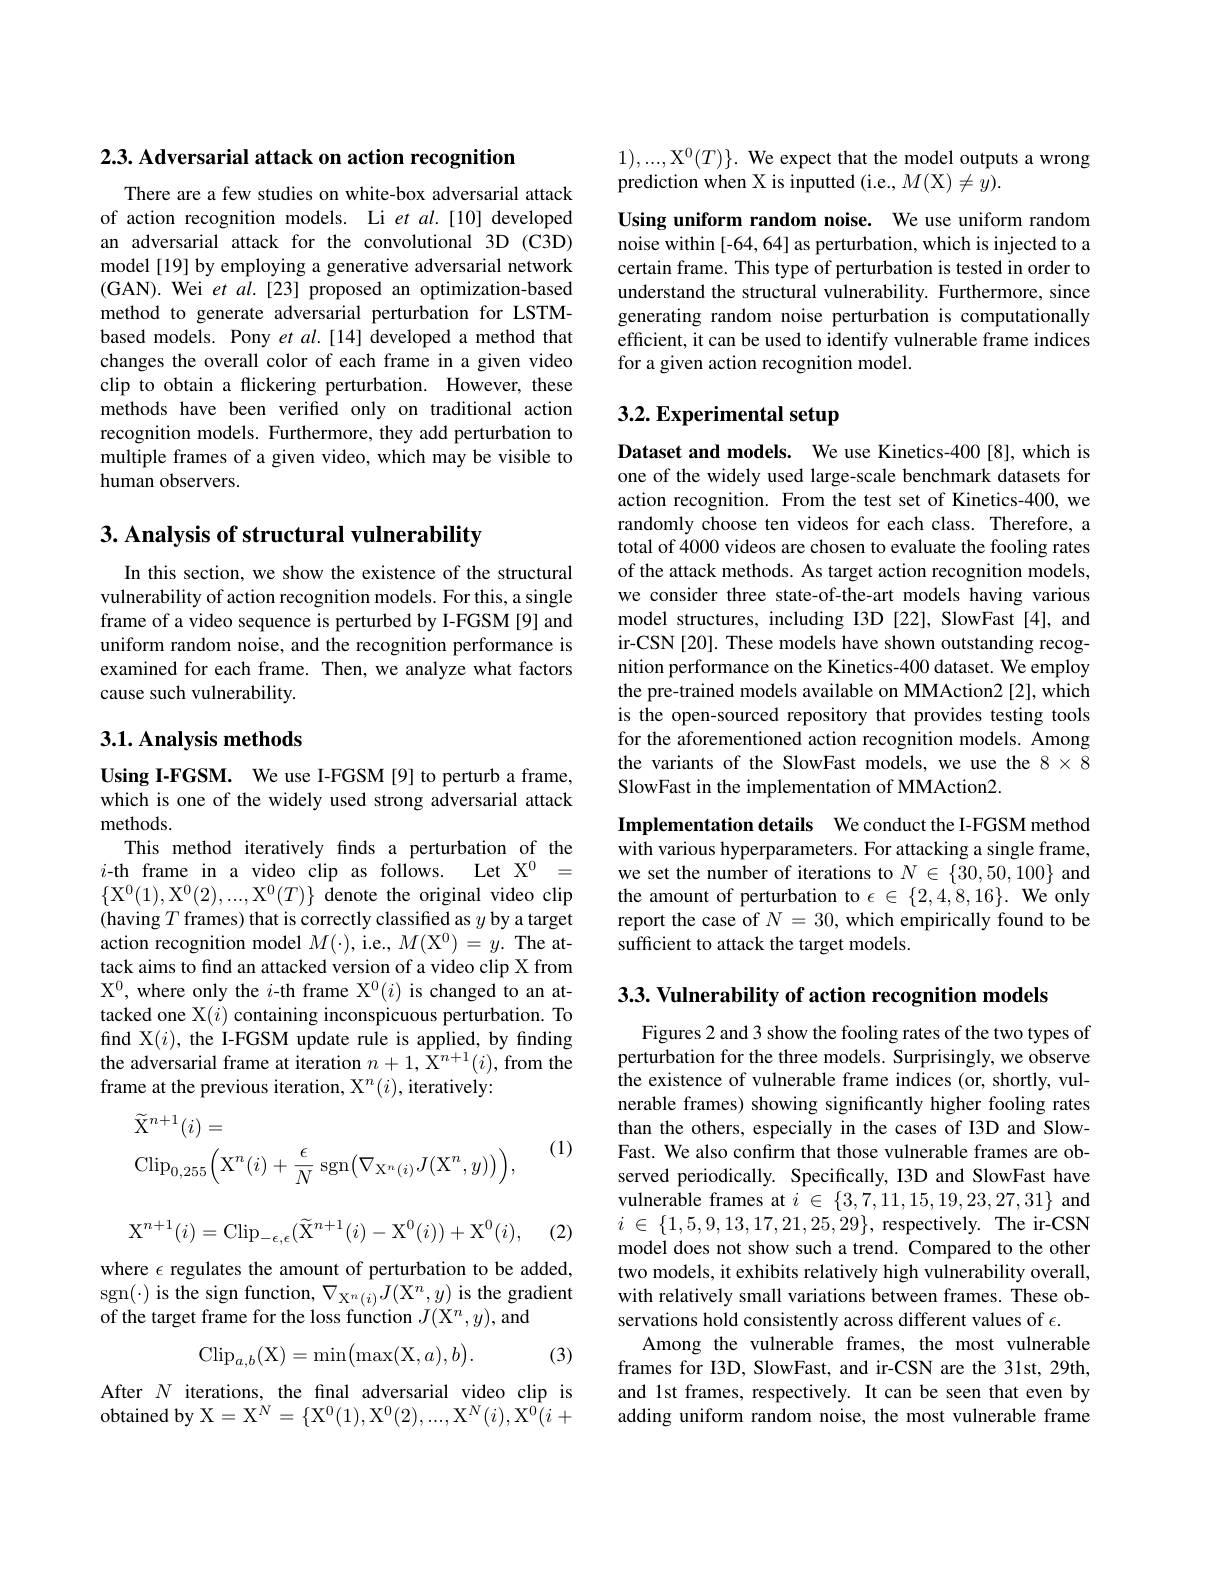
2.3. Adversarial attack on action recognition

There are a few studies on white-box adversarial attack of action recognition models. Li et al.[10] developed an adversarial attack for the convolutional 3D (C3D) model [19] by employing a generative adversarial network (GAN).Wei $etal.[23]$ proposed an optimization-based method to generate adversarial perturbation for LSTMbased models. Pony et al.[14] developed a method that changes the overall color of each frame in a given video clip to obtain a flickering perturbation. However, these methods have been verified only on traditional action recognition models. Furthermore, they add perturbation to multiple frames of a given video, which may be visible to human observers.

## 3. Analysis of structural vulnerability

In this section, we show the existence of the structural vulnerability of action recognition models. For this, a single frame of a video sequence is perturbed by I-FGSM [9] and uniform random noise, and the recognition performance is examined for each frame. Then, we analyze what factors cause such vulnerability.

## 3.1. Analysis methods

Using I-FGSM. We use I-FGSM [9] to perturb a frame, which is one of the widely used strong adversarial attack methods.
This method iteratively finds a perturbation of the $i$-th frame in a video clip as follows. Let X$^0=$ $\{\mathrm{X}^{0}(1),\mathrm{X}^{0}(2),...,\mathrm{X}^{0}(T)\}$ denote the original video clip (having $T$ frames) that is correctly classified as $y$ by a target action recognition model $M(\cdot)$, i.e., $M(\mathrm{X}^{0})=y.$ The attack aims to find an attacked version of a video clip X from $X^{0}$, where only the $i$-th frame X$^0(i)$ is changed to an attacked one X$(i)$ containing inconspicuous perturbation. To find X$(i)$, the I-FGSM update rule is applied, by finding the adversarial frame at iteration $n+1,\mathrm{X}^{n+1}(i)$, from the frame at the previous iteration, X$^n(i)$, iteratively:

(1)
$$\begin{aligned}&\widetilde{\mathrm{X}}^{n+1}(i)=\\&\mathrm{Clip}_{0,255}\Big(\mathrm{X}^{n}(i)+\frac{\epsilon}{N}\:\mathrm{sgn}\big(\nabla_{\mathrm{X}^{n}(i)}J(\mathrm{X}^{n},y)\big)\Big),\end{aligned}$$
$$\mathrm{X}^{n+1}(i)=\mathrm{Clip}_{-\epsilon,\epsilon}(\widetilde{\mathrm{X}}^{n+1}(i)-\mathrm{X}^{0}(i))+\mathrm{X}^{0}(i),$$
(2)

where $\epsilon$ regulates the amount of perturbation to be added, $sgn(\cdot) is the sign function, \nabla_{X^n(i)}J(X^n,y) is the gradient$ of the target frame for the loss function $J(\mathrm{X}^n,y)$,and
$$\mathrm{Clip}_{a,b}(\mathrm{X})=\min\bigl(\max(\mathrm{X},a),b\bigr).$$
(3)

After $N$ iterations, the fnal adversarial video clip is obtained by X$=\mathrm{X}^N=\{\mathrm{X}^0(1),\mathrm{X}^0(2),...,\mathrm{X}^N(i),\mathrm{X}^0(i+$

$1),...,\mathrm{X}^0(T)\}.$ We expect that the model outputs a wrong
prediction when X is inputted (i.e., $M($X$) \neq y) .$

Using uniform random noise. We use uniform random noise within[-64,64] as perturbation, which is injected to a certain frame. This type of perturbation is tested in order to understand the structural vulnerability. Furthermore, since generating random noise perturbation is computationally efficient, it can be used to identify vulnerable frame indices for a given action recognition model.

## 3.2. Experimental setup

Dataset and models. We use Kinetics-400[8],which is one of the widely used large-scale benchmark datasets for action recognition. From the test set of Kinetics-400, we randomly choose ten videos for each class. Therefore, a total of 4000 videos are chosen to evaluate the fooling rates of the attack methods. As target action recognition models, we consider three state-of-the-art models having various model structures, including I3D [22], SlowFast [4], and ir-CSN[20]. These models have shown outstanding recognition performance on the Kinetics-400 dataset. We employ the pre-trained models available on MMAction2 [2], which is the open-sourced repository that provides testing tools for the aforementioned action recognition models. Among the variants of the SlowFast models, we use the 8×8 SlowFast in the implementation of MMAction2

Implementation details We conduct the I-FGSM method with various hyperparameters. For attacking a single frame, we set the number of iterations to $N\in\{30,50,100\}$ and the amount of perturbation to $\epsilon\in\{2,4,8,16\}.$ We only report the case of $N=30$, which empirically found to be sufficient to attack the target models.

$3. 3. \textbf{ Vulnerability of action recognition models}$

Figures 2 and 3 show the fooling rates of the two types of perturbation for the three models. Surprisingly, we observe the existence of vulnerable frame indices (or, shortly, vulnerable frames) showing significantly higher fooling rates than the others, especially in the cases of I3D and SlowFast. We also confirm that those vulnerable frames are observed periodically. Specifically, I3D and SlowFast have vulnerable frames at $i\in\{3,7,11,15,19,23,27,31\}$ and $i$ $\in$ $\{ 1, 5, 9, 13, 17, 21, 25, 29\} $,respectively.The ir-CSN model does not show such a trend. Compared to the other two models, it exhibits relatively high vulnerability overall, with relatively small variations between frames. These observations hold consistently across different values of $\epsilon.$
Among the vulnerable frames, the most vulnerable frames for I3D, SlowFast, and ir-CSN are the 31st, 29th, and 1st frames, respectively. It can be seen that even by adding uniform random noise, the most vulnerable frame